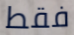
فقط